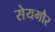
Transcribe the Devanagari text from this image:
सेयमौर